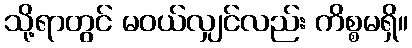
သို့ရာတွင် မဝယ်လျှင်လည်း ကိစ္စမရှိ။